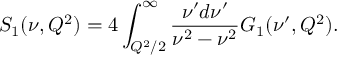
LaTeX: S _ { 1 } ( \nu , Q ^ { 2 } ) = 4 \int _ { Q ^ { 2 } / 2 } ^ { \infty } { \frac { \nu ^ { \prime } d \nu ^ { \prime } } { \nu ^ { 2 } - \nu ^ { 2 } } } G _ { 1 } ( \nu ^ { \prime } , Q ^ { 2 } ) .